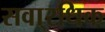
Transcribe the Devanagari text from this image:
सवा्रधिक